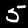
Digit: 5